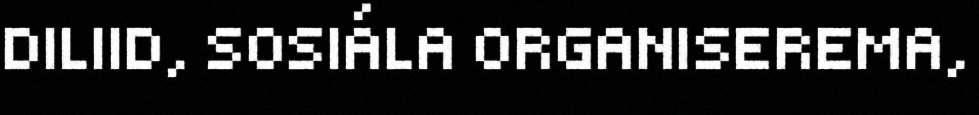
DILIID, SOSIÁLA ORGANISEREMA,